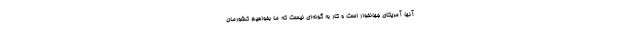
آنها آمریکای جهانخوار است و کار به گونه‌ای نیست که ما بخواهیم کشورمان